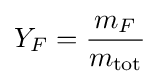
Y_{F}={\frac {m_{F}}{m_{\rm {tot}}}}